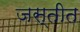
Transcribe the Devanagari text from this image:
जस्तीत